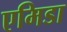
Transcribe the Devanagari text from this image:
एमिडा